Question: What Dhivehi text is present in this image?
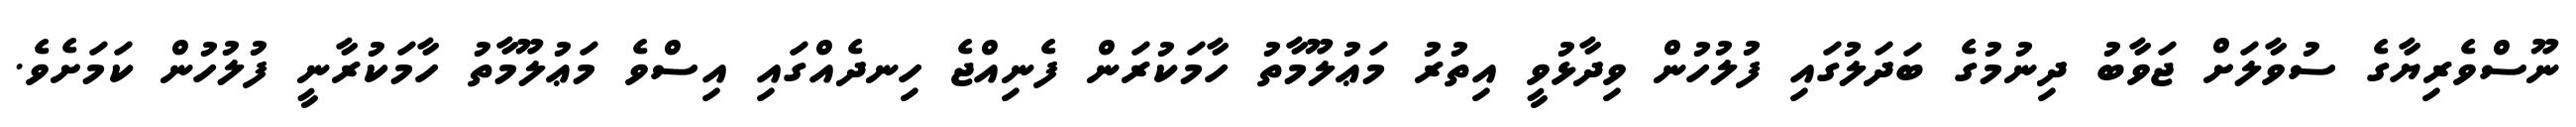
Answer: ނޫސްވެރިޔާގެ ސުވާލަށް ޖަވާބު ދިނުމުގެ ބަދަލުގައި ފުލުހުން ވިދާޅުވީ އިތުރު މަޢުލޫމާތު ހާމަކުރަން ފެނިއްޖެ ހިނދެއްގައި އިސްވެ މަޢުލޫމާތު ހާމަކުރާނީ ފުލުހުން ކަމަށެވެ.